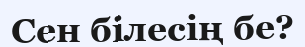
Сен білесің бе?